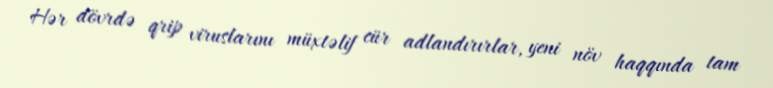
Hər dövrdə qrip viruslarını müxtəlif cür adlandırırlar, yeni növ haqqında tam